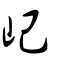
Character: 屺